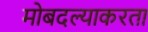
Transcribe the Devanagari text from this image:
मोबदल्याकरता